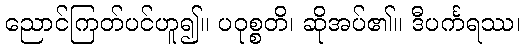
ညောင်ကြတ်ပင်ဟူ၍။ ပဝုစ္စတိ၊ ဆိုအပ်၏။ ဒီပင်္ကရဿ၊